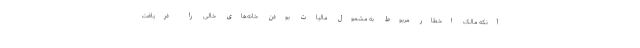
آنکه مالک اخطار مربوط به مشمول مالیات بودن خانه‌های خالی را دریافت